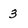
Character: 3